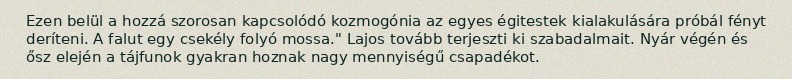
Ezen belül a hozzá szorosan kapcsolódó kozmogónia az egyes égitestek kialakulására próbál fényt deríteni. A falut egy csekély folyó mossa." Lajos tovább terjeszti ki szabadalmait. Nyár végén és ősz elején a tájfunok gyakran hoznak nagy mennyiségű csapadékot.